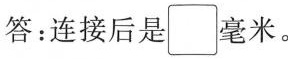
答：连接后是□毫米。